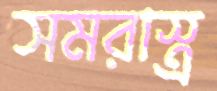
সমরাস্ত্র